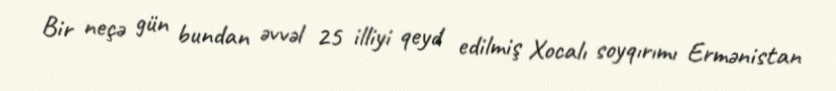
Bir neçə gün bundan əvvəl 25 illiyi qeyd edilmiş Xocalı soyqırımı Ermənistan